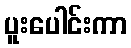
ပူးပေါင်းကာ